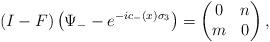
LaTeX: \begin{align*}(I-F)\left(\Psi_--e^{-ic_-(x)\sigma_3}\right) =\begin{pmatrix}0&n\\m&0\end{pmatrix}, \end{align*}